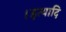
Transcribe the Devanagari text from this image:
।इत्यादि